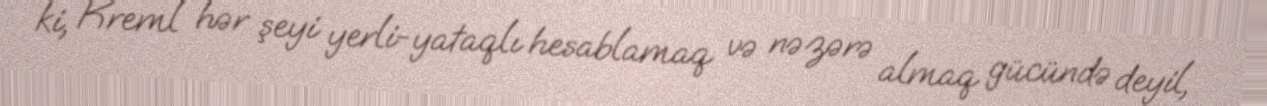
ki, Kreml hər şeyi yerli-yataqlı hesablamaq və nəzərə almaq gücündə deyil,